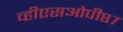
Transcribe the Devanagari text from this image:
व्हीएसओपी८७